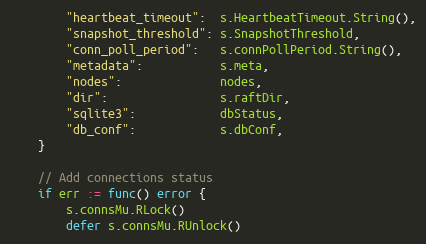
Language: Go
		"heartbeat_timeout":  s.HeartbeatTimeout.String(),
		"snapshot_threshold": s.SnapshotThreshold,
		"conn_poll_period":   s.connPollPeriod.String(),
		"metadata":           s.meta,
		"nodes":              nodes,
		"dir":                s.raftDir,
		"sqlite3":            dbStatus,
		"db_conf":            s.dbConf,
	}

	// Add connections status
	if err := func() error {
		s.connsMu.RLock()
		defer s.connsMu.RUnlock()